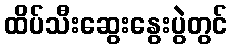
ထိပ်သီးဆွေးနွေးပွဲတွင်